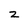
Character: z